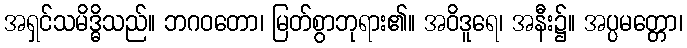
အရှင်သမိဒ္ဓိသည်။ ဘဂဝတော၊ မြတ်စွာဘုရား၏။ အဝိဒူရေ၊ အနီး၌။ အပ္ပမတ္တော၊